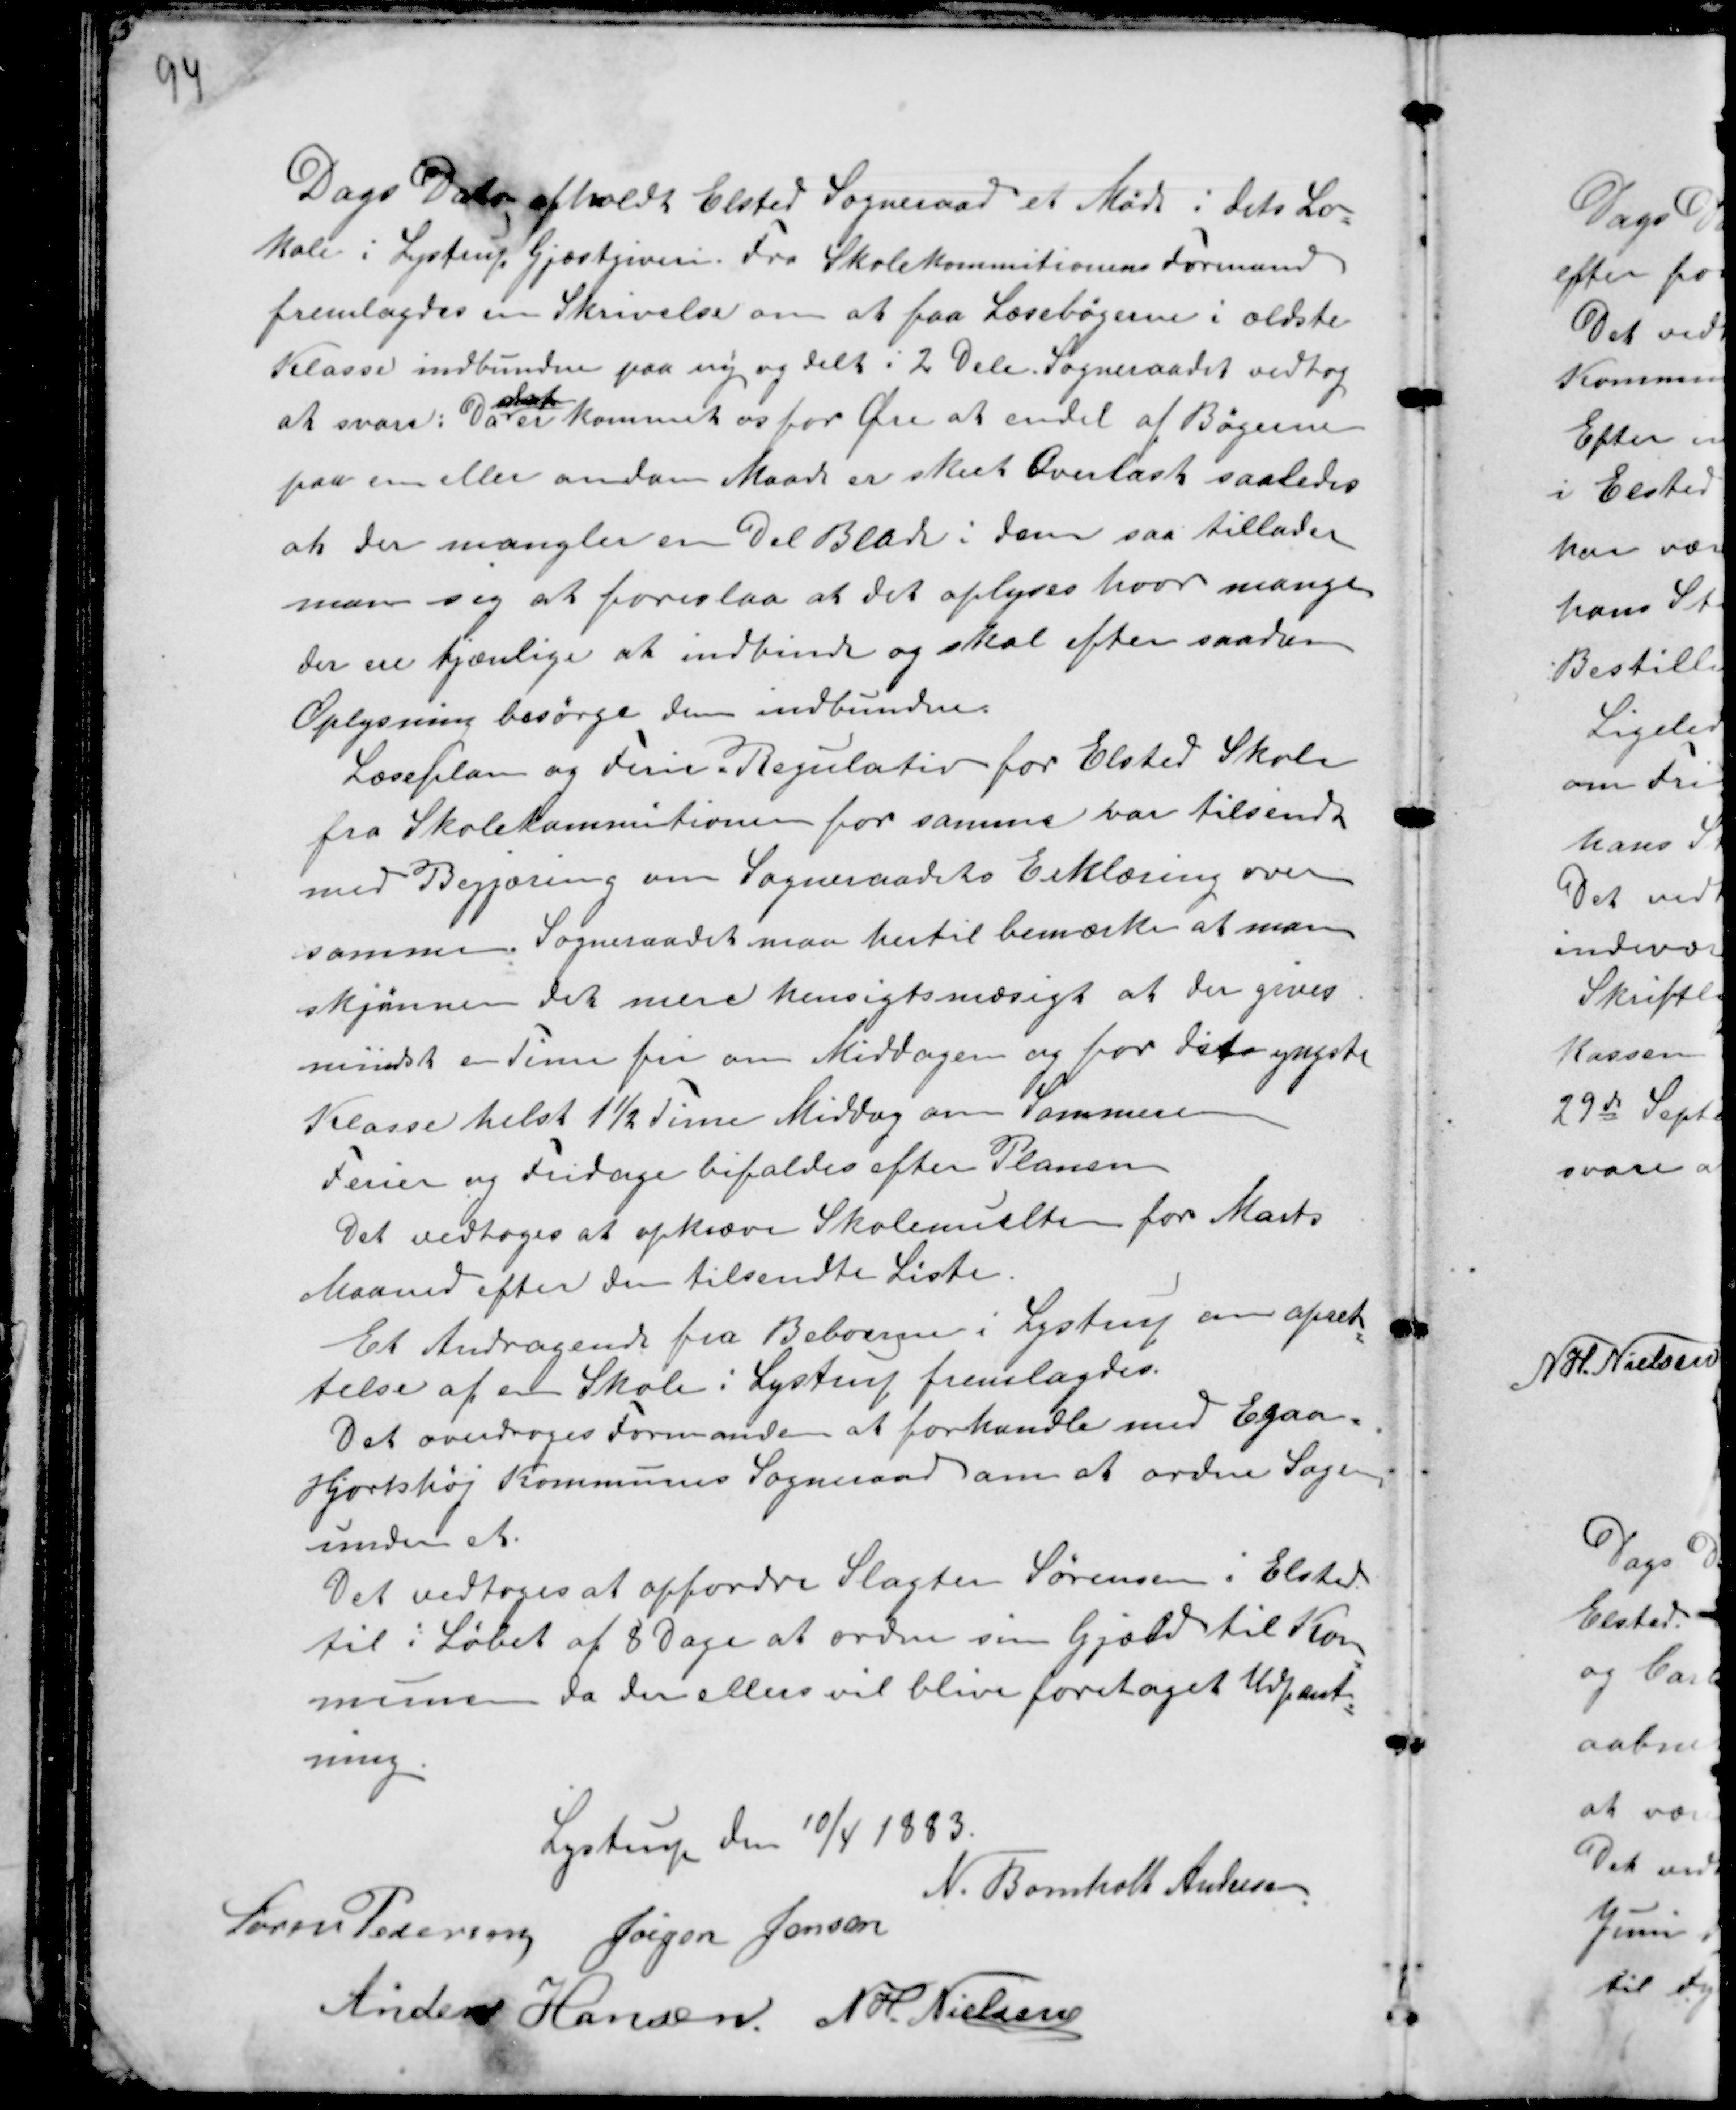
Transskription:
Dags Dato afholdt Elsted Sogneraad et Møde i dets Lo-
kale i Lystrup Gjæstgiveri. Fra Skolekommitionens Formand
fremlagdes en Skrivelse om at faa Læsebøgerne i ældste
Klasse indbunden paa ny og delt i 2 Dele. Sogneraadet vedtog
at svare: Da
sket
er kommet os for Øre at endel af Bøgerne
paa en eller anden Maade er skeet Overlast saaledes
at der mangler en Del Blade i dem saa tillader
man sig at foreslaa at det oplyses hvor mange
der er tjænlige at indbinde og skal efter saadan
Oplysning besørge dem indbundne.
Læseplan og Ferie Regulativ for Elsted Skole
fra Skolekommitionen for samme var tilsendt
med Begjæring om Sogneraadets Erklæring over
samme. Sogneraadet maa hertil bemærke at man
skjønner det mere hensigtsmæsigt at der gives
mindst en Time fri om Middagen og for dets yngste
Klasse helst 1½ Time Middag om Sommeren
Ferier og Fridage bifaldes efter Planen
Det vedtoges at opkræve Skolemuclter for Marts
Maaned efter den tilsendte Liste.
Et Andragende fra Beboerne i Lystrup om opret-
telse af en Skole i Lystrup fremlagdes.
Det overdroges Formanden at forhandle med Egaa -
Hjortshøj Kommunes Sogneraad om at ordne Sagen
under et.
Det vedtoges at opfordre Slagter Sørensen i Elsted
til i Løbet af 8 Dage at ordne sin Gjæld til Kom-
munen da der ellers vil blive foretaget Udpant-
ning.
Lystrup den 10/4 1883.
N. Bomholt Andersen.
Søren Pedersen Jørgen Jensen
Anders Hansen N H. Nielsen